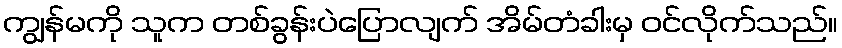
ကျွန်မကို သူက တစ်ခွန်းပဲပြောလျက် အိမ်တံခါးမှ ဝင်လိုက်သည်။